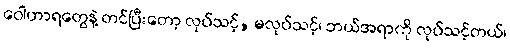
ဝေါဟာရတွေနဲ့ တင်ပြီးတော့ လုပ်သင့်, မလုပ်သင့်၊ ဘယ်အရာကို လုပ်သင့်တယ်၊